Annual report on the Civil Veterinary Department, Burma (including the Insein Veterinary School) - 1923-1931
Year: 1923
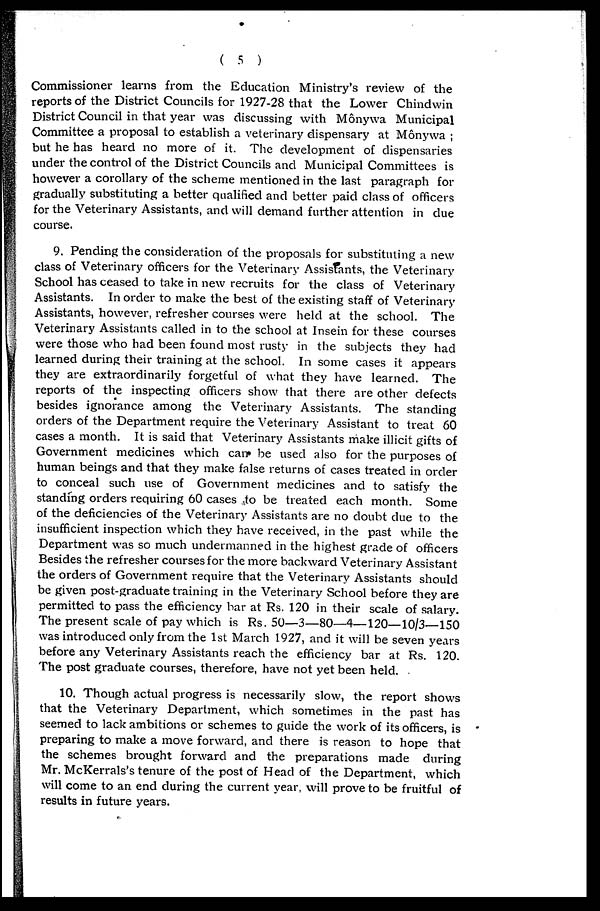
( 5 )
Commissioner learns from the Education Ministry's review of the
reports of the District Councils for 1927-28 that the Lower Chindwin
District Council in that year was discussing with Mônywa Municipal
Committee a proposal to establish a veterinary dispensary at Mônywa ;
but he has heard no more of it. The development of dispensaries
under the control of the District Councils and Municipal Committees is
however a corollary of the scheme mentioned in the last paragraph for
gradually substituting a better qualified and better paid class of officers
for the Veterinary Assistants, and will demand further attention in due
course.
9. Pending the consideration of the proposals for substituting a new
class of Veterinary officers for the Veterinary Assistants, the Veterinary
School has ceased to take in new recruits for the class of Veterinary
Assistants. In order to make the best of the existing staff of Veterinary
Assistants, however, refresher courses were held at the school. The
Veterinary Assistants called in to the school at Insein for these courses
were those who had been found most rusty in the subjects they had
learned during their training at the school. In some cases it appears
they are extraordinarily forgetful of what they have learned. The
reports of the inspecting officers show that there are other defects
besides ignorance among the Veterinary Assistants. The standing
orders of the Department require the Veterinary Assistant to treat 60
cases a month. It is said that Veterinary Assistants make illicit gifts of
Government medicines which can be used also for the purposes of
human beings and that they make false returns of cases treated in order
to conceal such use of Government medicines and to satisfy the
standing orders requiring 60 cases to be treated each month. Some
of the deficiencies of the Veterinary Assistants are no doubt due to the
insufficient inspection which they have received, in the past while the
Department was so much undermanned in the highest grade of officers
Besides the refresher courses for the more backward Veterinary Assistant
the orders of Government require that the Veterinary Assistants should
be given post-graduate training in the Veterinary School before they are
permitted to pass the efficiency bar at Rs. 120 in their scale of salary.
The present scale of pay which is Rs. 50—3—80—4—120—10/3—150
was introduced only from the 1st March 1927, and it will be seven years
before any Veterinary Assistants reach the efficiency bar at Rs. 120.
The post graduate courses, therefore, have not yet been held.
10. Though actual progress is necessarily slow, the report shows
that the Veterinary Department, which sometimes in the past has
seemed to lack ambitions or schemes to guide the work of its officers, is
preparing to make a move forward, and there is reason to hope that
the schemes brought forward and the preparations made during
Mr. McKerrals's tenure of the post of Head of the Department, which
will come to an end during the current year, will prove to be fruitful of
results in future years.